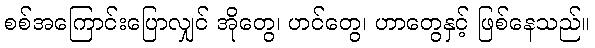
စစ်အကြောင်းပြောလျှင် အိုတွေ၊ ဟင်တွေ၊ ဟာတွေနှင့် ဖြစ်နေသည်။